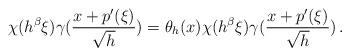
LaTeX: \begin{align*}\chi(h^{\beta}\xi)\gamma(\frac{x+p'(\xi)}{\sqrt{h}})= \theta_h(x)\chi(h^{\beta}\xi)\gamma(\frac{x+p'(\xi)}{\sqrt{h}}) \,.\end{align*}